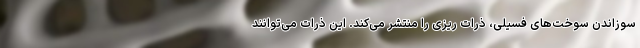
سوزاندن سوخت‌های فسیلی، ذرات ریزی را منتشر می‌کند. این ذرات می‌توانند